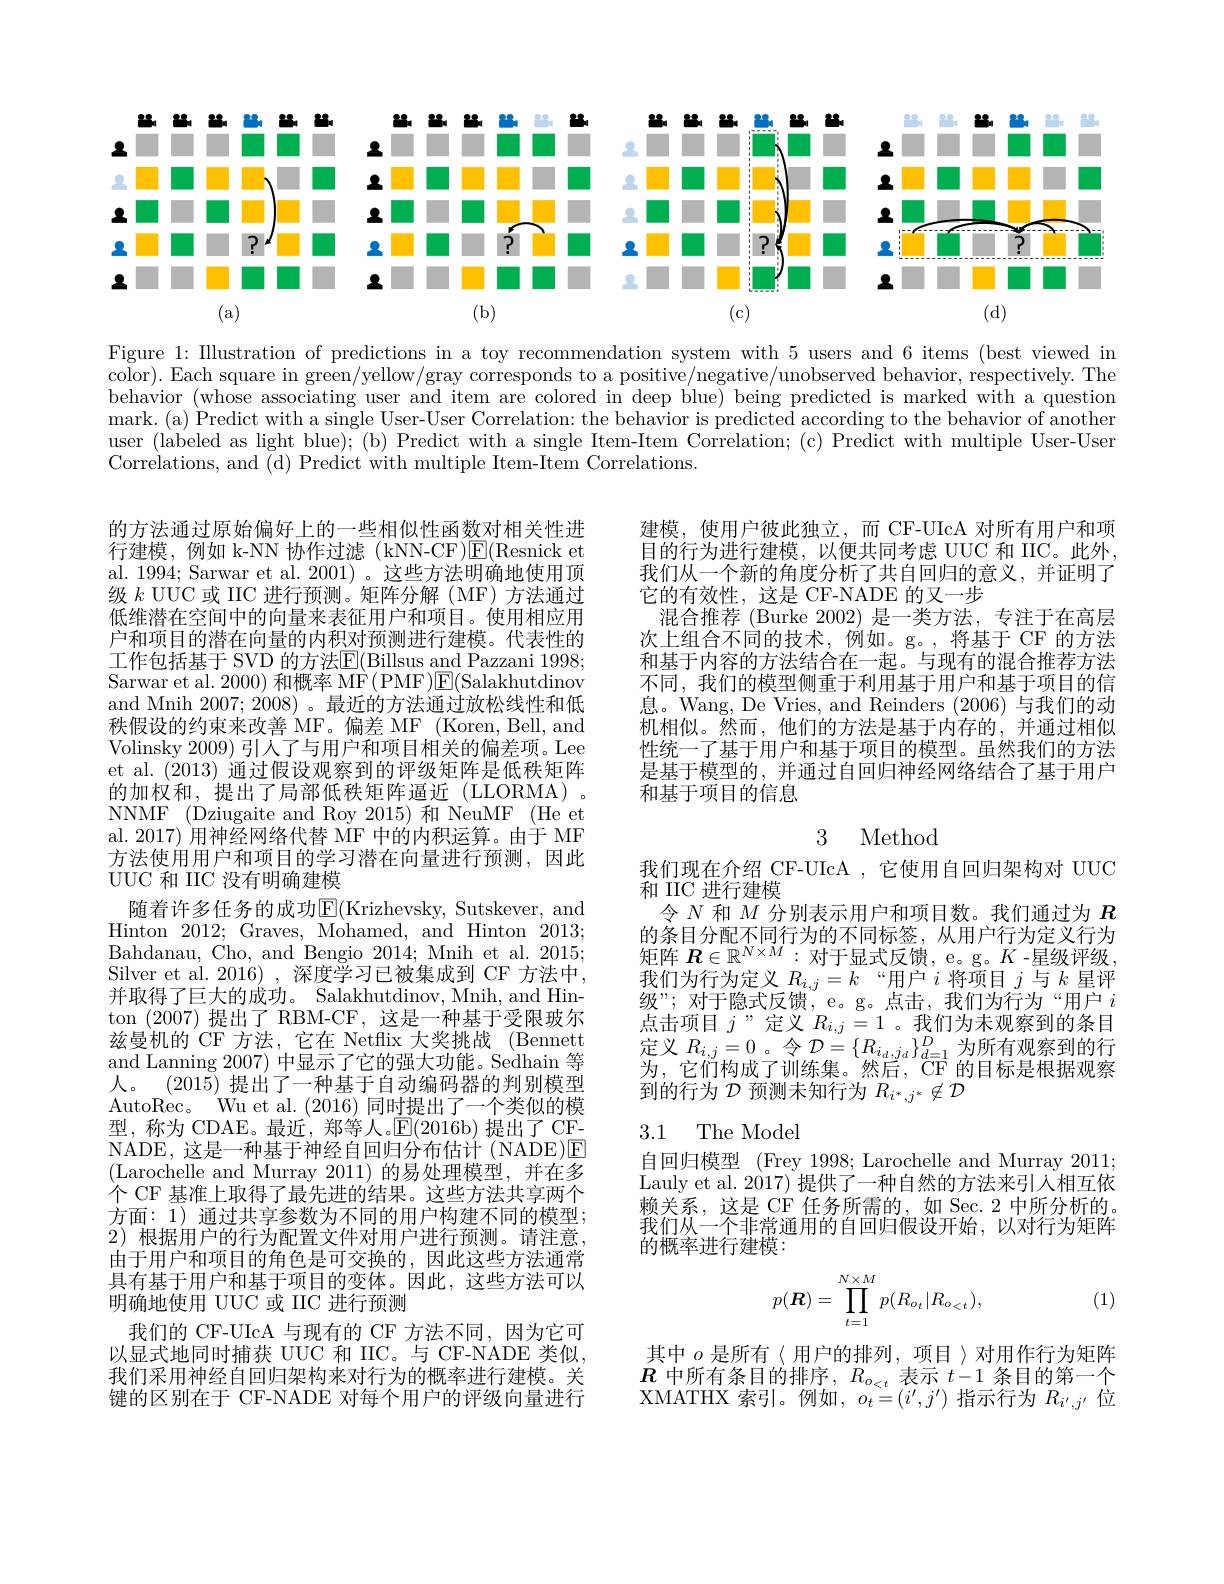
<FigureHere>

Figure 1: Illustration of predictions in a toy recommendation system with 5 users and 6 items (best viewed in color). Each square in green/yellow/gray corresponds to a positive/negative/unobserved behavior, respectively. The behavior (whose associating user and item are colored in deep blue) being predicted is marked with a question mark. (a) Predict with a single User-User Correlation: the behavior is predicted according to the behavior of another user (labeled as light blue); (b) Predict with a single Item-Item Correlation; (c) Predict with multiple User-User Correlations, and (d) Predict with multiple Item-Item Correlations.

建模，使用户彼此独立，而 CF-UIcA 对所有用户和项目的行为进行建模，以便共同考虑 UUC 和 IIC。此外， 我们从一个新的角度分析了共自回归的意义，并证明了它的有效性，这是 CF-NADE 的又一步
混合推荐 (Burke 2002) 是一类方法，专注于在高层次上组合不同的技术，例如。g。,将基于 CF 的方法和基于内容的方法结合在一起。与现有的混合推荐方法不同，我们的模型侧重于利用基于用户和基于项目的信息。Wang, De Vries, and Reinders (2006)与我们的动机相似。然而，他们的方法是基于内存的，并通过相似性统一了基于用户和基于项目的模型。虽然我们的方法是基于模型的，并通过自回归神经网络结合了基于用户和基于项目的信息

的方法通过原始偏好上的一些相似性函数对相关性进行建模，例如 k-NN 协作过滤(kNN-CF)$\mathbb{E}($Resnick et al. 1994; Sarwar et al. 2001) 。这些方法明确地使用顶级$k$ UUC 或 IIC 进行预测。矩阵分解(MF)方法通过低维潜在空间中的向量来表征用户和项目。使用相应用户和项目的潜在向量的内积对预测进行建模。代表性的工作包括基于 SVD 的方法$\overline{\mathrm{E}}($Billsus and Pazzani 1998; Sarwar et al. 2000) 和概率 MF( PMF)$\boxed{\mathrm{E}}($Salakhutdinov and Mnih 2007; 2008)。最近的方法通过放松线性和低秩假设的约束来改善 MF。偏差 MF (Koren, Bell, and Volinsky 2009)引人了与用户和项目相关的偏差项。Lee et al. (2013)通过假设观察到的评级矩阵是低秩矩阵的加权和，提出了局部低秩矩阵逼近(LLORMA)。NNMF (Dziugaite and Roy 2015) 和 NeuMF (He et al. 2017) 用神经网络代替 MF 中的内积运算。由于 MF 方法使用用户和项目的学习潜在向量进行预测，因此

## 3 Method

UUC 和 IIC 没有明确建模

随着许多任务的成功$\operatorname{E}($Krizhevsky, Sutskever, and Hinton 2012;Graves, Mohamed, and Hinton 2013; Bahdanau, Cho, and Bengio 2014; Mnih et al. 2015; Silver et al. 2016) , 深度学习已被集成到 CF 方法中， 并取得了巨大的成功。Salakhutdinov, Mnih, and Hinton (2007)提出了 RBM-CF, 这是一种基于受限玻尔兹曼机的 CF 方法，它在 Netflix 大奖挑战 (Bennett and Lanning 2007) 中显示了它的强大功能。Sedhain 等人。(2015) 提出了一种基于自动编码器的判别模型AutoRec。Wu et al. (2016)同时提出了一个类似的模型，称为 CDAE。最近，郑等人。$\mathbb{E}(2016$b)提出了CFNADE,这是一种基于神经自回归分布估计(NADE)E (Larochelle and Murray 2011)的易处理模型，并在多个 CF 基准上取得了最先进的结果。这些方法共享两个方面：1) 通过共享参数为不同的用户构建不同的模型； 2) 根据用户的行为配置文件对用户进行预测。请注意， 由于用户和项目的角色是可交换的，因此这些方法通常具有基于用户和基于项目的变体。因此，这些方法可以明确地使用 UUC 或 IIC 进行预测
我们的 CF-UIcA 与现有的 CF 方法不同，因为它可以显式地同时捕获 UUC 和 IIC。与 CF-NADE 类似， 我们采用神经自回归架构来对行为的概率进行建模。关键的区别在于 CF-NADE 对每个用户的评级向量进行

我们现在介绍 CF-UIcA ,它使用自回归架构对 UUC
和 IIC 进行建模
令$N$和$M$分别表示用户和项目数。我们通过为$R$ $\begin{array}{l}\text{的条目分配不同行为的不同标签，从用户行为定义行为}\\\text{矩阵 }R\in\mathbb{R}^{N\times M}:\text{对于显式反馈，e。g。}K\text{ -星级评级，}\end{array}$ 我们为行为定义$R_i,j=k$ “用户$i$将项目$j$与$k$星评级”; 对于隐式反馈，e。g。点击，我们为行为“用户$i$ $\begin{array}{l}{\text{点击项目 }j\text{”定义 }R_{i,j}=1\text{。我们为未观察到的条目}}\\{\text{定义 }R_{i,j}=0\text{ 。令 }\mathcal{D}=\{R_{i_{d,j_{d}}}\}_{d=1}^{D}\text{为所有观察到的行}}\\{\text{定义 }R_{i,j}=0\text{ 。令 }\mathcal{D}=\{R_{i_{d,j_{d}}}\}_{d=1}^{D}\text{ 为所有观察到的行}}\end{array}$ 为，它们构成了训练集。然后，CF 的目标是根据观察到的行为$\mathcal{D}$预测未知行为$R_i^*,j^*\not\in\mathcal{D}$

### 3.1 The Mode

自回归模型 (Frey 1998; Larochelle and Murray 2011; Lauly et al. 2017) 提供了一种自然的方法来引入相互依赖关系，这是 CF 任务所需的，如 Sec. 2 中所分析的。我们从一个非常通用的自回归假设开始，以对行为矩阵的概率进行建模：
$$p(\boldsymbol R)=\prod\limits_{t=1}^{N\times M}p(R_{o_t}|R_{o_{<t}}),$$
(1)

其中$o$是所有〈用户的排列，项目〉对用作行为矩阵$R$中所有条目的排序，$R_o_{<t}$表示$t-1$条目的第一个XMATHX 索引。例如，$o_t=(i^{\prime},j^{\prime})$指示行为$R_i^{\prime},j^{\prime}$位